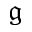
\mathfrak { g }